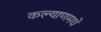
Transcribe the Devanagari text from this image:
कल्याणमधे